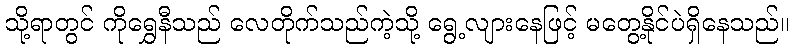
သို့ရာတွင် ကိုရွှေနီသည် လေတိုက်သည်ကဲ့သို့ ရွေ့လျားနေဖြင့် မတွေ့နိုင်ပဲရှိနေသည်။